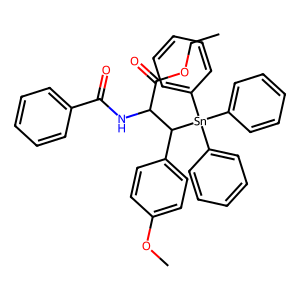
SMILES: CCOC(=O)C(NC(=O)c1ccccc1)C(c1ccc(OC)cc1)[Sn](c1ccccc1)(c1ccccc1)c1ccccc1
Inhibits HIV replication: No